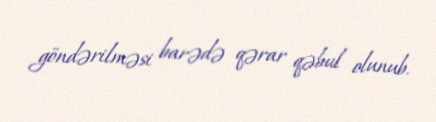
göndərilməsi barədə qərar qəbul olunub.